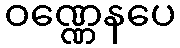
ဝဏ္ဏေနပေ